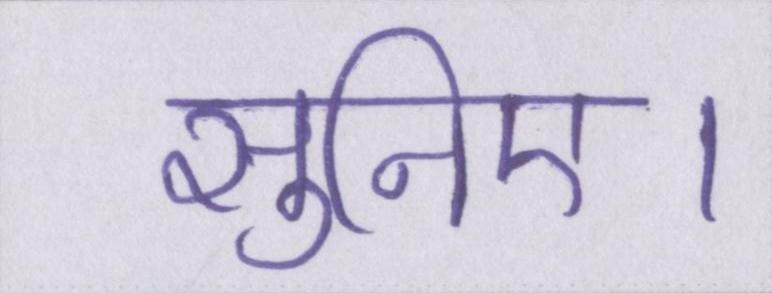
सुनिए।